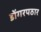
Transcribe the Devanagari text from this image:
डोंगरपठार